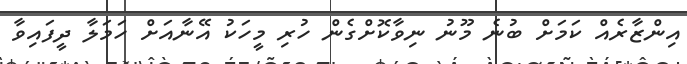
އިންޒާރެއް ކަމަށް ބުނެ މޫނު ނިވާކޮށްގެން ހުރި މީހަކު އޭނާއަށް ހަމަލާ ދީފައިވާ